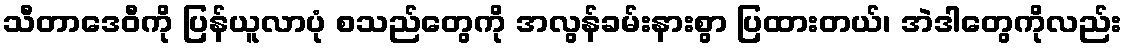
သီတာဒေဝီကို ပြန်ယူလာပုံ စသည်တွေကို အလွန်ခမ်းနားစွာ ပြထားတယ်၊ အဲဒါတွေကိုလည်း